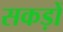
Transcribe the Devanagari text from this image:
सकड़ों